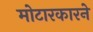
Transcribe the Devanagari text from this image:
मोटारकारने